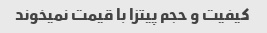
کیفیت و حجم پیتزا با قیمت نمیخوند